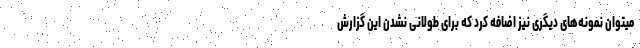
میتوان نمونه‌های دیگری نیز اضافه کرد که برای طولانی نشدن این گزارش